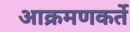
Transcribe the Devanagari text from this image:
आक्रमणकर्ते